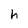
Character: h